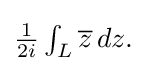
{\textstyle {\frac {1}{2i}}\int _{L}{\overline {z}}\,dz.}